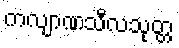
ကလျာဏသီလသုတ္တ